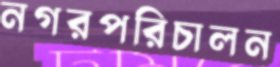
নগরপরিচালন